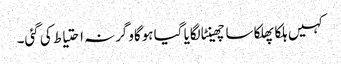
کہیں ہلکا پھلکا سا چھینٹا لگایا گیا ہوگاوگرنہ احتیاط کی گئی۔